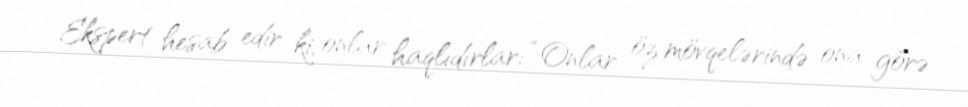
Ekspert hesab edir ki, onlar haqlıdırlar: “Onlar öz mövqelərində ona görə